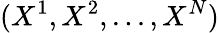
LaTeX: (X^{1},X^{2},...,X^{N})